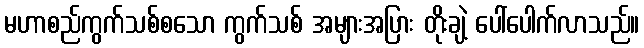
မဟာစည်ကွက်သစ်စသော ကွက်သစ် အများအပြား တိုးချဲ့ ပေါ်ပေါက်လာသည်။